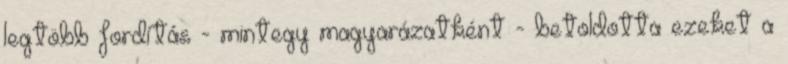
legtöbb fordítás - mintegy magyarázatként - betoldotta ezeket a